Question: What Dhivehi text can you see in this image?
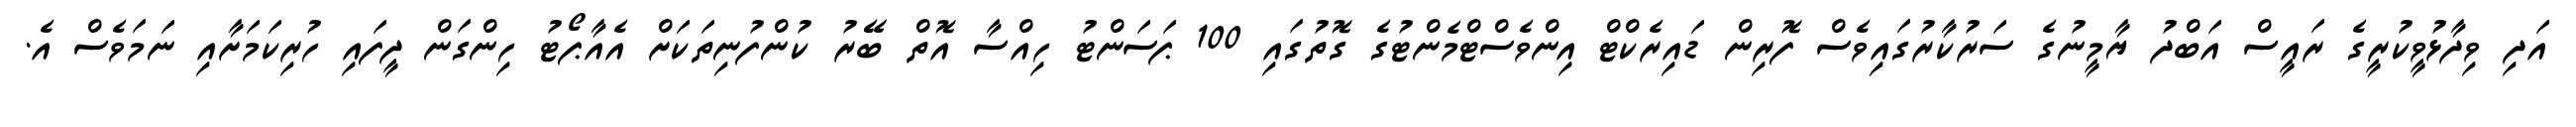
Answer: އަދި ވިދާޅުވީކުރީގެ ރައީސް އަބްދު ޔާމީނުގެ ސަރުކާރުގައިވެސް ފޮރިން ޑައިރެކްޓް އިންވެސްޓްމެންޓުގެ ގޮތުގައި 100 ޕަސަންޓު ހިއްސާ އޮތް ބޭރު ކުންފުނިތަކަށް އެއާޕޯޓު ހިންގަން ދީފައި ހުރިކަމަށާއި ނަމަވެސް އެ.